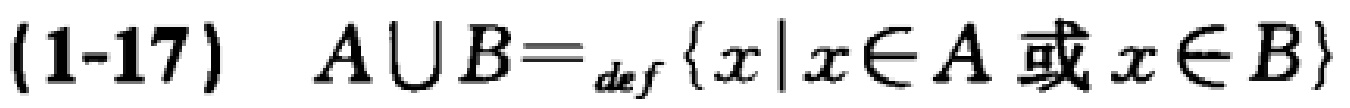
(1-17) \(A\cup B =_{def} \{x|x\in A \text{ 或 } x\in B\}\)